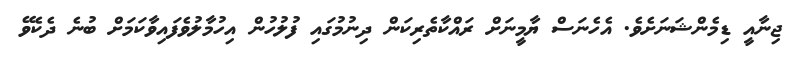
ޖިނާއީ ޑިމެންޝަނަށެވެ. އެހެނަސް ޔާމީނަށް ރައްކާތެރިކަން ދިނުމުގައި ފުލުހުން އިހުމާލުވެފައިވާކަމަށް ބުނެ ދެކެވޭ